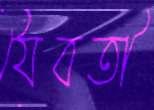
যৈবতী